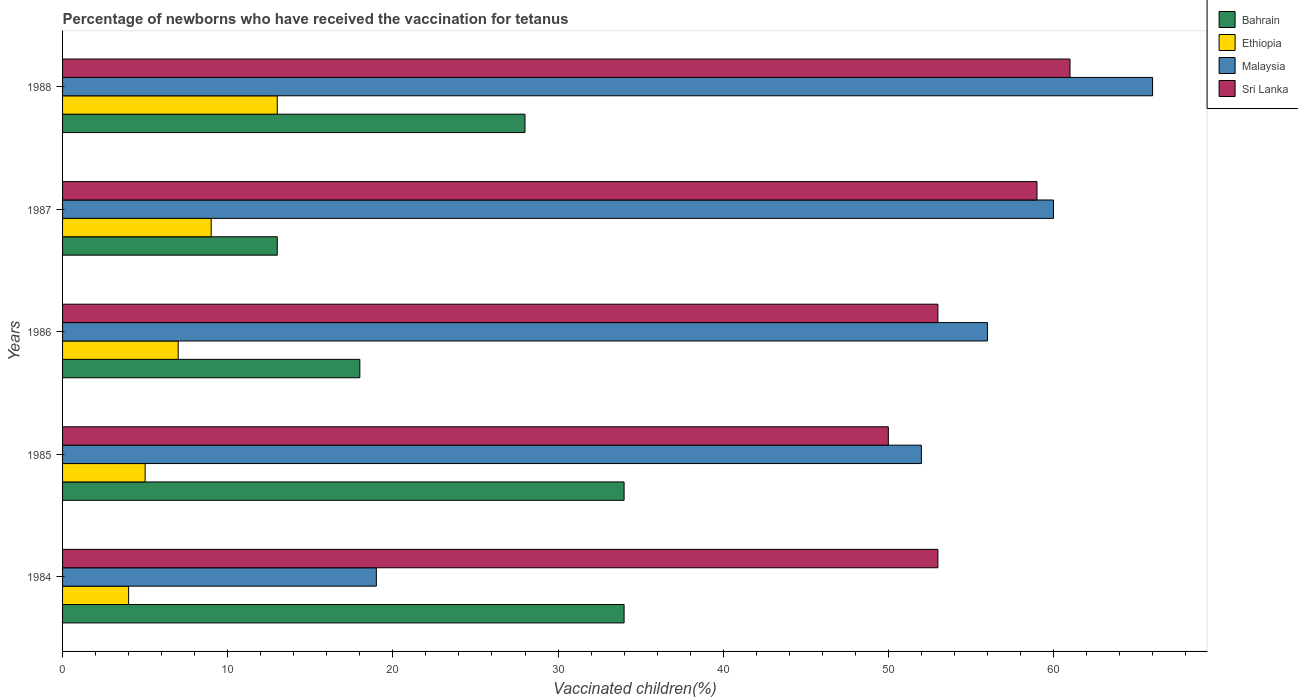
| Years | Bahrain | Ethiopia | Malaysia | Sri Lanka |
 | --- | --- | --- | --- | --- |
 | 1984 | 34 | 4 | 19 | 53 |
 | 1985 | 34 | 5 | 52 | 50 |
 | 1986 | 18 | 7 | 56 | 53 |
 | 1987 | 13 | 9 | 60 | 59 |
 | 1988 | 28 | 13 | 66 | 61 |